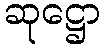
ဆုဋ္ဌော